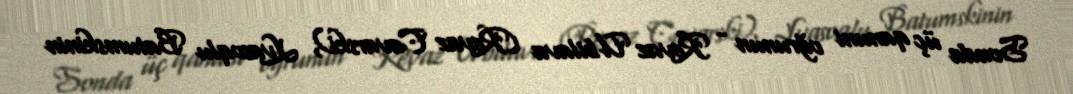
Sonda üç qanuni oğrunun - Revaz Ubilava (Revaz Cavarski), Lvasoqlu Batumskinin